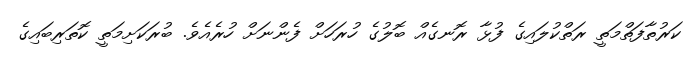
ކަރުތާފަތްމަތީ ރަތްކުލައިގެ ފުޅާ ރޮނގެއް ބޮލުގެ ހުރަހަށް ފެންނަށް ހުރެއެވެ. ބުރަކަށިމަތީ ކޮތަރިބައިގެ